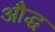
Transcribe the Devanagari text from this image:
औद्ध